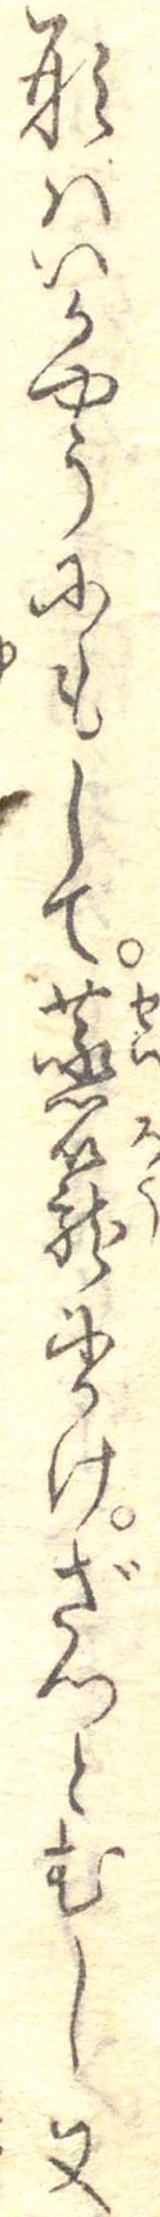
形はいかやうにもして蒸篭にかけざつとむし又